Indian journal of veterinary science and animal husbandry - Volumes 22-23, 1952-1953
Year: 1952
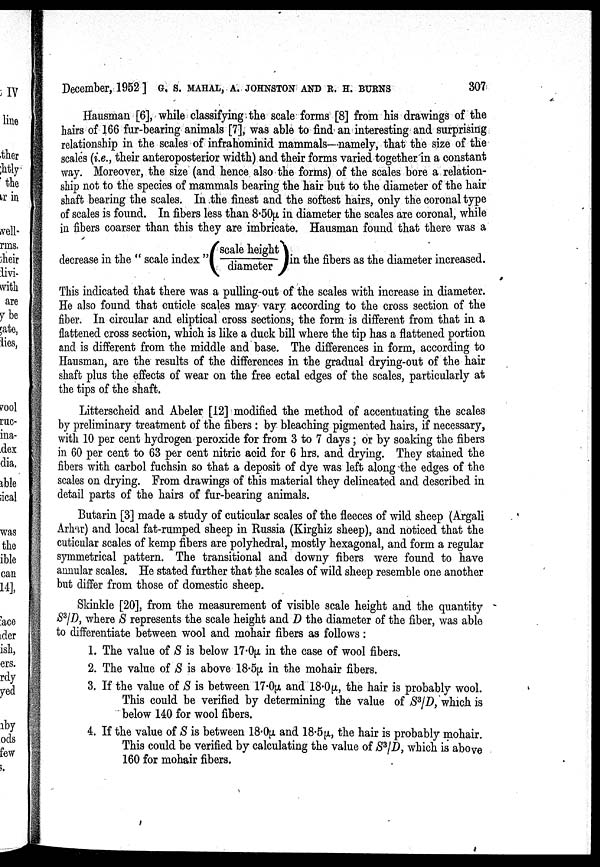
December, 1952 ] G.S. MAHAL, A. JOHNSTON AND R. H. BURNS 307
Hausman [6], while classifying the scale forms [8] from his drawings of the
hairs of 166 fur-bearing animals [7], was able to find an interesting and surprising
relationship in the scales of infrahominid mammals—namely, that the size of the
scales (i.e., their anteroposterior width) and their forms varied together in a constant
way. Moreover, the size (and hence also the forms) of the scales bore a relation-
ship not to the species of mammals bearing the hair but to the diameter of the hair
shaft bearing the scales. In the finest and the softest hairs, only the coronal type
of scales is found. In fibers less than 8.50µ in diameter the scales are coronal, while
in fibers coarser than this they are imbricate. Hausman found that there was a
decrease in the "scale index "(scale height/ diameter) in the fibers as the diamet
This indicated that there was a pulling-out of the scales with increase in diameter.
He also found that cuticle scales may vary according to the cross section of the
fiber. In circular and eliptical cross sections, the form is different from that in a
flattened cross section, which is like a duck bill where the tip has a flattened portion
and is different from the middle and base. The differences in form, according to
Hausman, are the results of the differences in the gradual drying-out of the hair
shaft plus the effects of wear on the free ectal edges of the scales, particularly at
the tips of the shaft.
Litterscheid and Abeler [12] modified the method of accentuating the scales
by preliminary treatment of the fibers : by bleaching pigmented hairs, if necessary,
with 10 per cent hydrogen peroxide for from 3 to 7 days ; or by soaking the fibers
in 60 per cent to 63 per cent nitric acid for 6 hrs. and drying. They stained the
fibers with carbol fuchsin so that a deposit of dye was left along the edges of the
scales on drying. From drawings of this material they delineated and described in
detail parts of the hairs of fur-bearing animals.
Butarin [3] made a study of cuticular scales of the fleeces of wild sheep (Argali
Arhar) and local fat-rumped sheep in Russia (Kirghiz sheep), and noticed that the
cuticular scales of kemp fibers are polyhedral, mostly hexagonal, and form a regular
symmetrical pattern. The transitional and downy fibers were found to have
annular scales. He stated further that the scales of wild sheep resemble one another
but differ from those of domestic sheep.
Skinkle [20], from the measurement of visible scale height and the quantity
S 3 /D, where S represents the scale height and D the diameter of the fiber, was able
to differentiate between wool and mohair fibers as follows :
1. The value of S is below 17.0µ in the case of wool fibers.
2. The value of S is above 18.5µ in the mohair fibers.
3. If the value of S is between 17.0µ and 18.0µ, the hair is probably wool.
This could be verified by determining the value of S 3 /D, which is
below 140 for wool fibers.
4. If the value of S is between 18.0µ and 18.5µ, the hair is probably mohair.
This could be verified by calculating the value of S 3 /D, which is above
160 for mohair fibers.